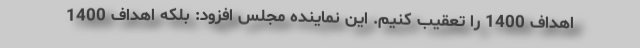
اهداف 1400 را تعقیب کنیم. این نماینده مجلس افزود: بلکه اهداف 1400